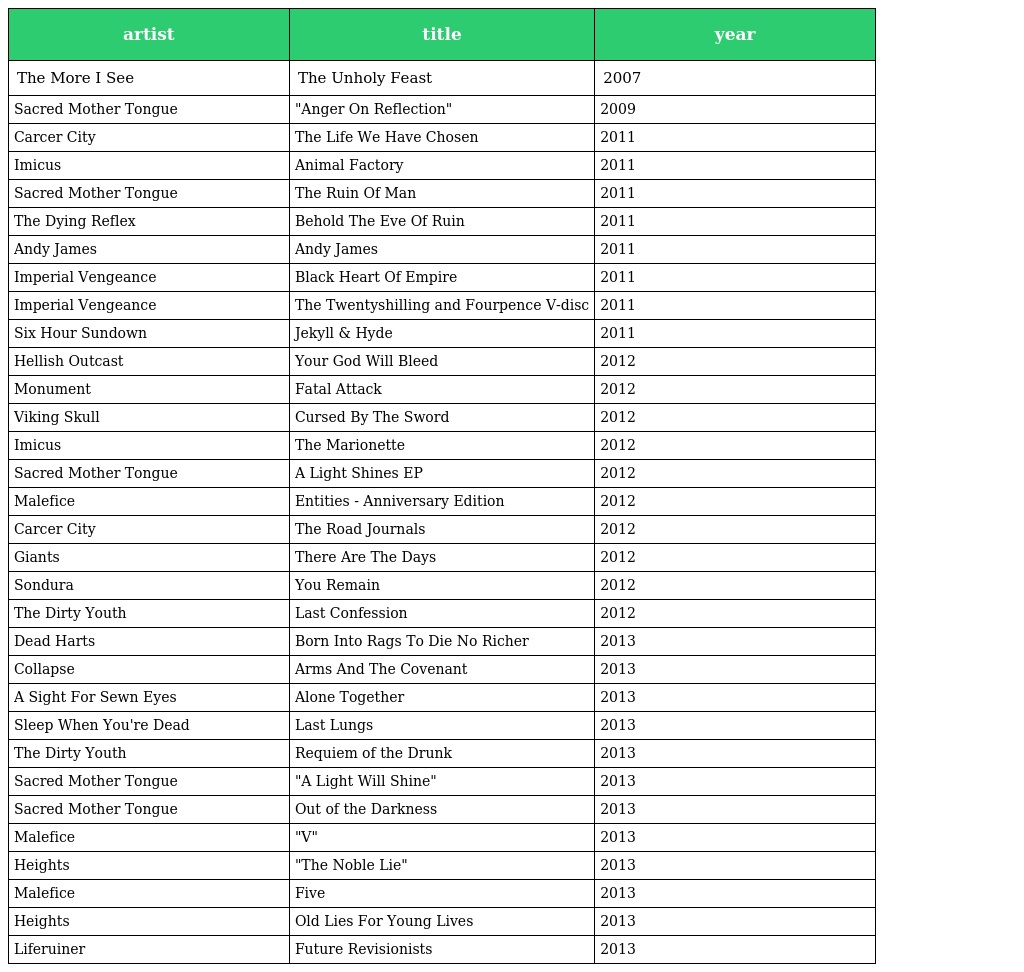
| artist | title | year |
 | --- | --- | --- |
 | The More I See | The Unholy Feast | 2007 |
 | Sacred Mother Tongue | "Anger On Reflection" | 2009 |
 | Carcer City | The Life We Have Chosen | 2011 |
 | Imicus | Animal Factory | 2011 |
 | Sacred Mother Tongue | The Ruin Of Man | 2011 |
 | The Dying Reflex | Behold The Eve Of Ruin | 2011 |
 | Andy James | Andy James | 2011 |
 | Imperial Vengeance | Black Heart Of Empire | 2011 |
 | Imperial Vengeance | The Twentyshilling and Fourpence V-disc | 2011 |
 | Six Hour Sundown | Jekyll & Hyde | 2011 |
 | Hellish Outcast | Your God Will Bleed | 2012 |
 | Monument | Fatal Attack | 2012 |
 | Viking Skull | Cursed By The Sword | 2012 |
 | Imicus | The Marionette | 2012 |
 | Sacred Mother Tongue | A Light Shines EP | 2012 |
 | Malefice | Entities - Anniversary Edition | 2012 |
 | Carcer City | The Road Journals | 2012 |
 | Giants | There Are The Days | 2012 |
 | Sondura | You Remain | 2012 |
 | The Dirty Youth | Last Confession | 2012 |
 | Dead Harts | Born Into Rags To Die No Richer | 2013 |
 | Collapse | Arms And The Covenant | 2013 |
 | A Sight For Sewn Eyes | Alone Together | 2013 |
 | Sleep When You're Dead | Last Lungs | 2013 |
 | The Dirty Youth | Requiem of the Drunk | 2013 |
 | Sacred Mother Tongue | "A Light Will Shine" | 2013 |
 | Sacred Mother Tongue | Out of the Darkness | 2013 |
 | Malefice | "V" | 2013 |
 | Heights | "The Noble Lie" | 2013 |
 | Malefice | Five | 2013 |
 | Heights | Old Lies For Young Lives | 2013 |
 | Liferuiner | Future Revisionists | 2013 |